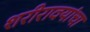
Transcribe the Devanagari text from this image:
शरीरावयांचा